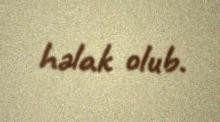
həlak olub.